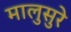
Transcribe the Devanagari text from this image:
मालुसुरे